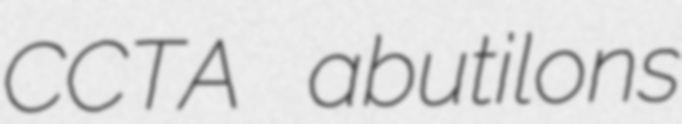
CCTA abutilons